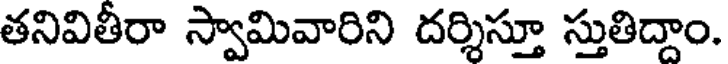
తనివితీరా స్వామివారిని దర్శిస్తూ స్తుతిద్దాం.